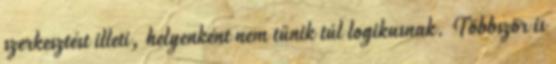
szerkesztést illeti, helyenként nem tűnik túl logikusnak. Többször is